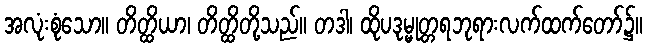
အလုံးစုံသော။ တိတ္ထိယာ၊ တိတ္ထိတို့သည်။ တဒါ၊ ထိုပဒုမ္မုတ္တရဘုရားလက်ထက်တော်၌။